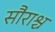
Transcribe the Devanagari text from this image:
सौराश्च